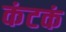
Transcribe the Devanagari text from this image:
कंटकं